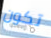
تكون